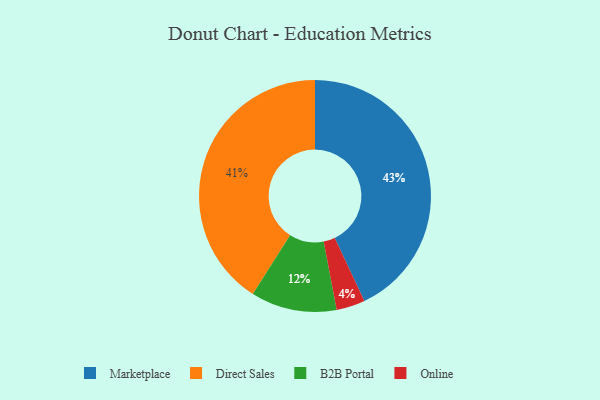
{"axis": {"x": "Category", "y": "Percentage"}, "legend": ["B2B Portal", "Direct Sales", "Marketplace", "Online"], "data": [{"x": "B2B Portal", "y": 12, "type": "B2B Portal"}, {"x": "Direct Sales", "y": 41, "type": "Direct Sales"}, {"x": "Marketplace", "y": 43, "type": "Marketplace"}, {"x": "Online", "y": 4, "type": "Online"}]}